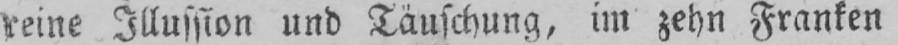
reine Illussion und Täuschung, im zehn Franken